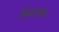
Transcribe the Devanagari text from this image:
स्थिरचक्र